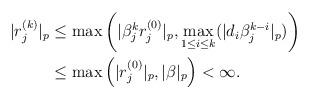
LaTeX: \begin{align*}\begin{aligned}|r^{(k)}_j|_p&\leq\max\left(|\beta_j^k r_j^{(0)}|_p,\max_{1\leq i\leq k}(|d_i\beta_j^{k-i}|_p)\right) \\&\leq\max\left(|r_j^{(0)}|_p,|\beta|_p\right)<\infty.\end{aligned}\end{align*}